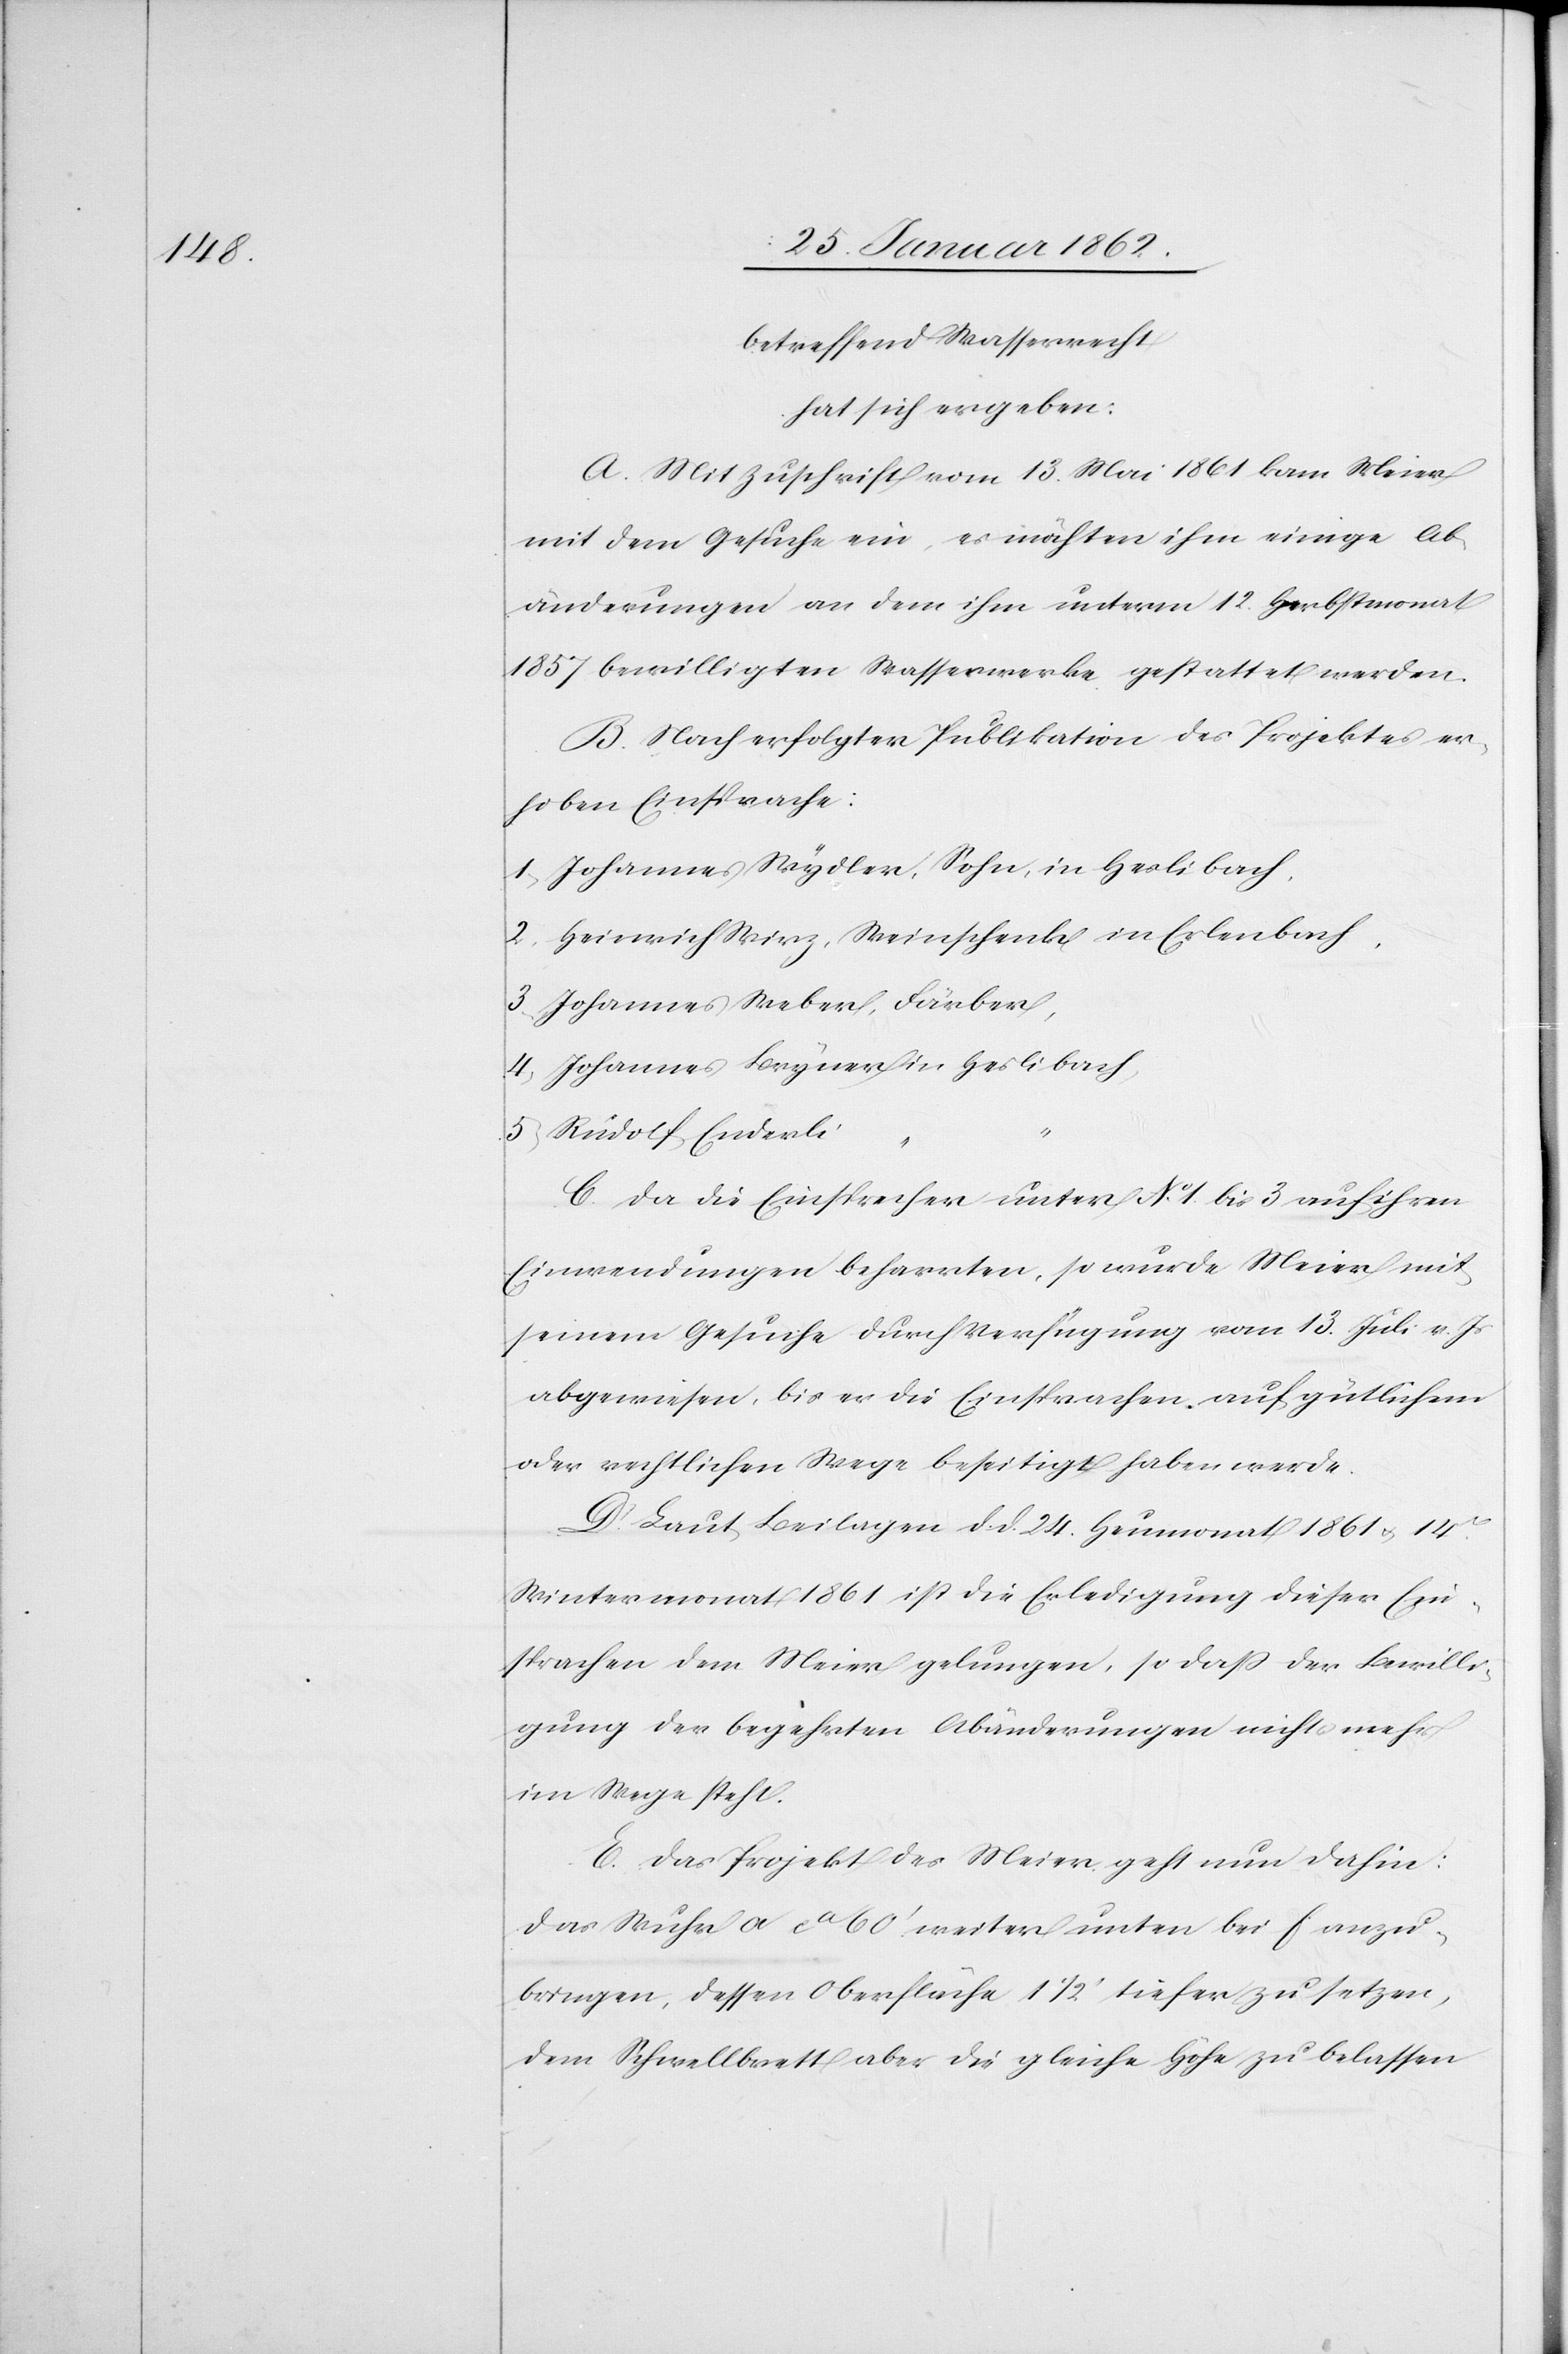
betreffend Wasserrecht
hat sich ergeben:
A. Mit Zuschrift vom 13. Mai 1861 kam Meier
mit dem Gesuche ein, es möchten ihm einige Ab¬
änderungen an dem ihm unterm 12. Herbstmonat
1857 bewilligten Wasserwerke gestattet werden.
B. Nach erfolgter Publikation des Projektes er¬
hoben Einsprache:
1) Johannes Wydler, Sohn, in Heslibach,
2) Heinrich Wirz, Weinschenk in Erlenbach,
3) Johannes Weber, Färber,
4) Johannes Bryner in Heslibach
5) Rudolf Enderli
“
C. Da die Einsprecher unter No. 1. bis 3 auf ihren
Einwendungen beharrten, so wurde Meier mit
seinem Gesuche durch Verfügung vom 13. Juli v. Js.
abgewiesen, bis er die Einsprachen auf gütlichem
oder rechtlichen Wege beseitigt haben werde.
D. Laut Beilagen d. d. 24. Heumonat 1861 u. 14.
Wintermonat 1861 ist die Erledigung dieser Ein¬
sprachen dem Meier gelungen, so daß der Bewilli¬
gung der begehrten Abänderungen nichts mehr
im Wege steht.
E. Das Projekt des Meier geht nun dahin:
Das Wuhr a ca 60’ weiter unten bei f anzu¬
bringen, dessen Oberfläche 1 1/2’ tiefer zu setzen,
dem Schwellbrett aber die gleiche Höhe zu belassen